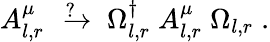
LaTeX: A_{l,r}^{\mu}\; \; {\, }^{?}{\! \! \! \! \! \! \ \rightarrow}\; \; \Omega_{l,r}^{\dagger}\; A_{l,r}^{\mu}\; \Omega_{l,r}\; .